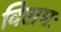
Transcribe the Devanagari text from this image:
विरामः